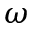
\omega